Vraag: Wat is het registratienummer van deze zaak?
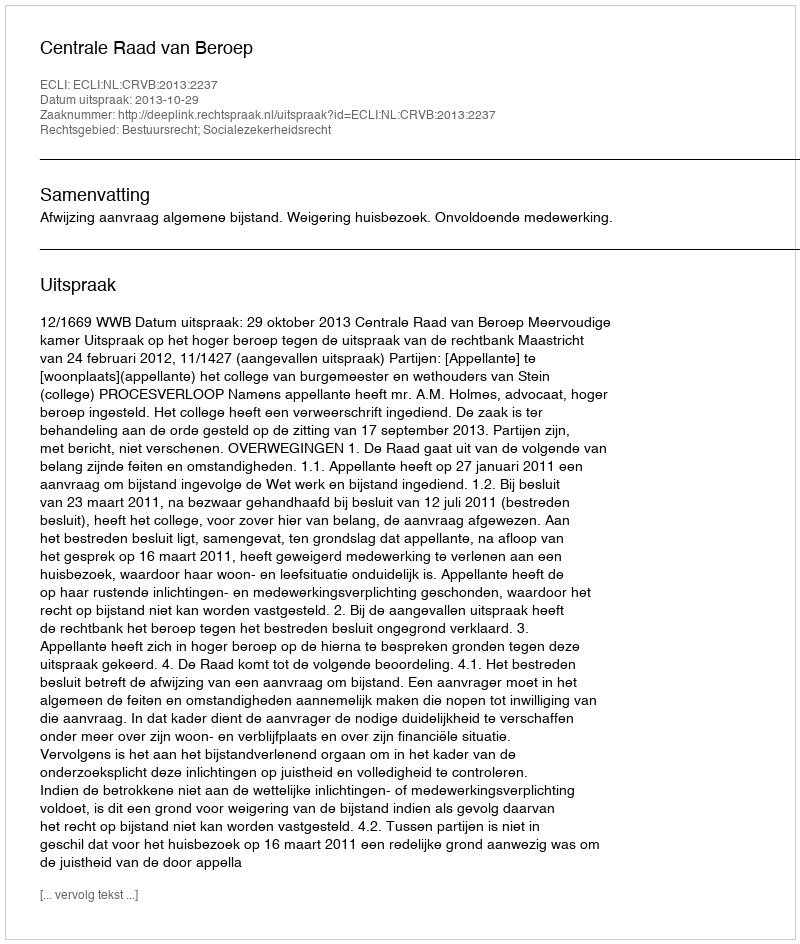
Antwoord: http://deeplink.rechtspraak.nl/uitspraak?id=ECLI:NL:CRVB:2013:2237